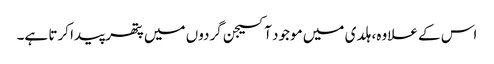
اس کے علاوہ، ہلدی میں موجود آکسیجن گردوں میں پتھر پیدا کرتا ہے۔